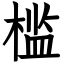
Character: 槛